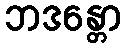
ဘဒန္တော